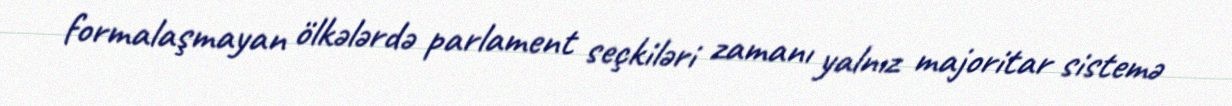
formalaşmayan ölkələrdə parlament seçkiləri zamanı yalnız majoritar sistemə